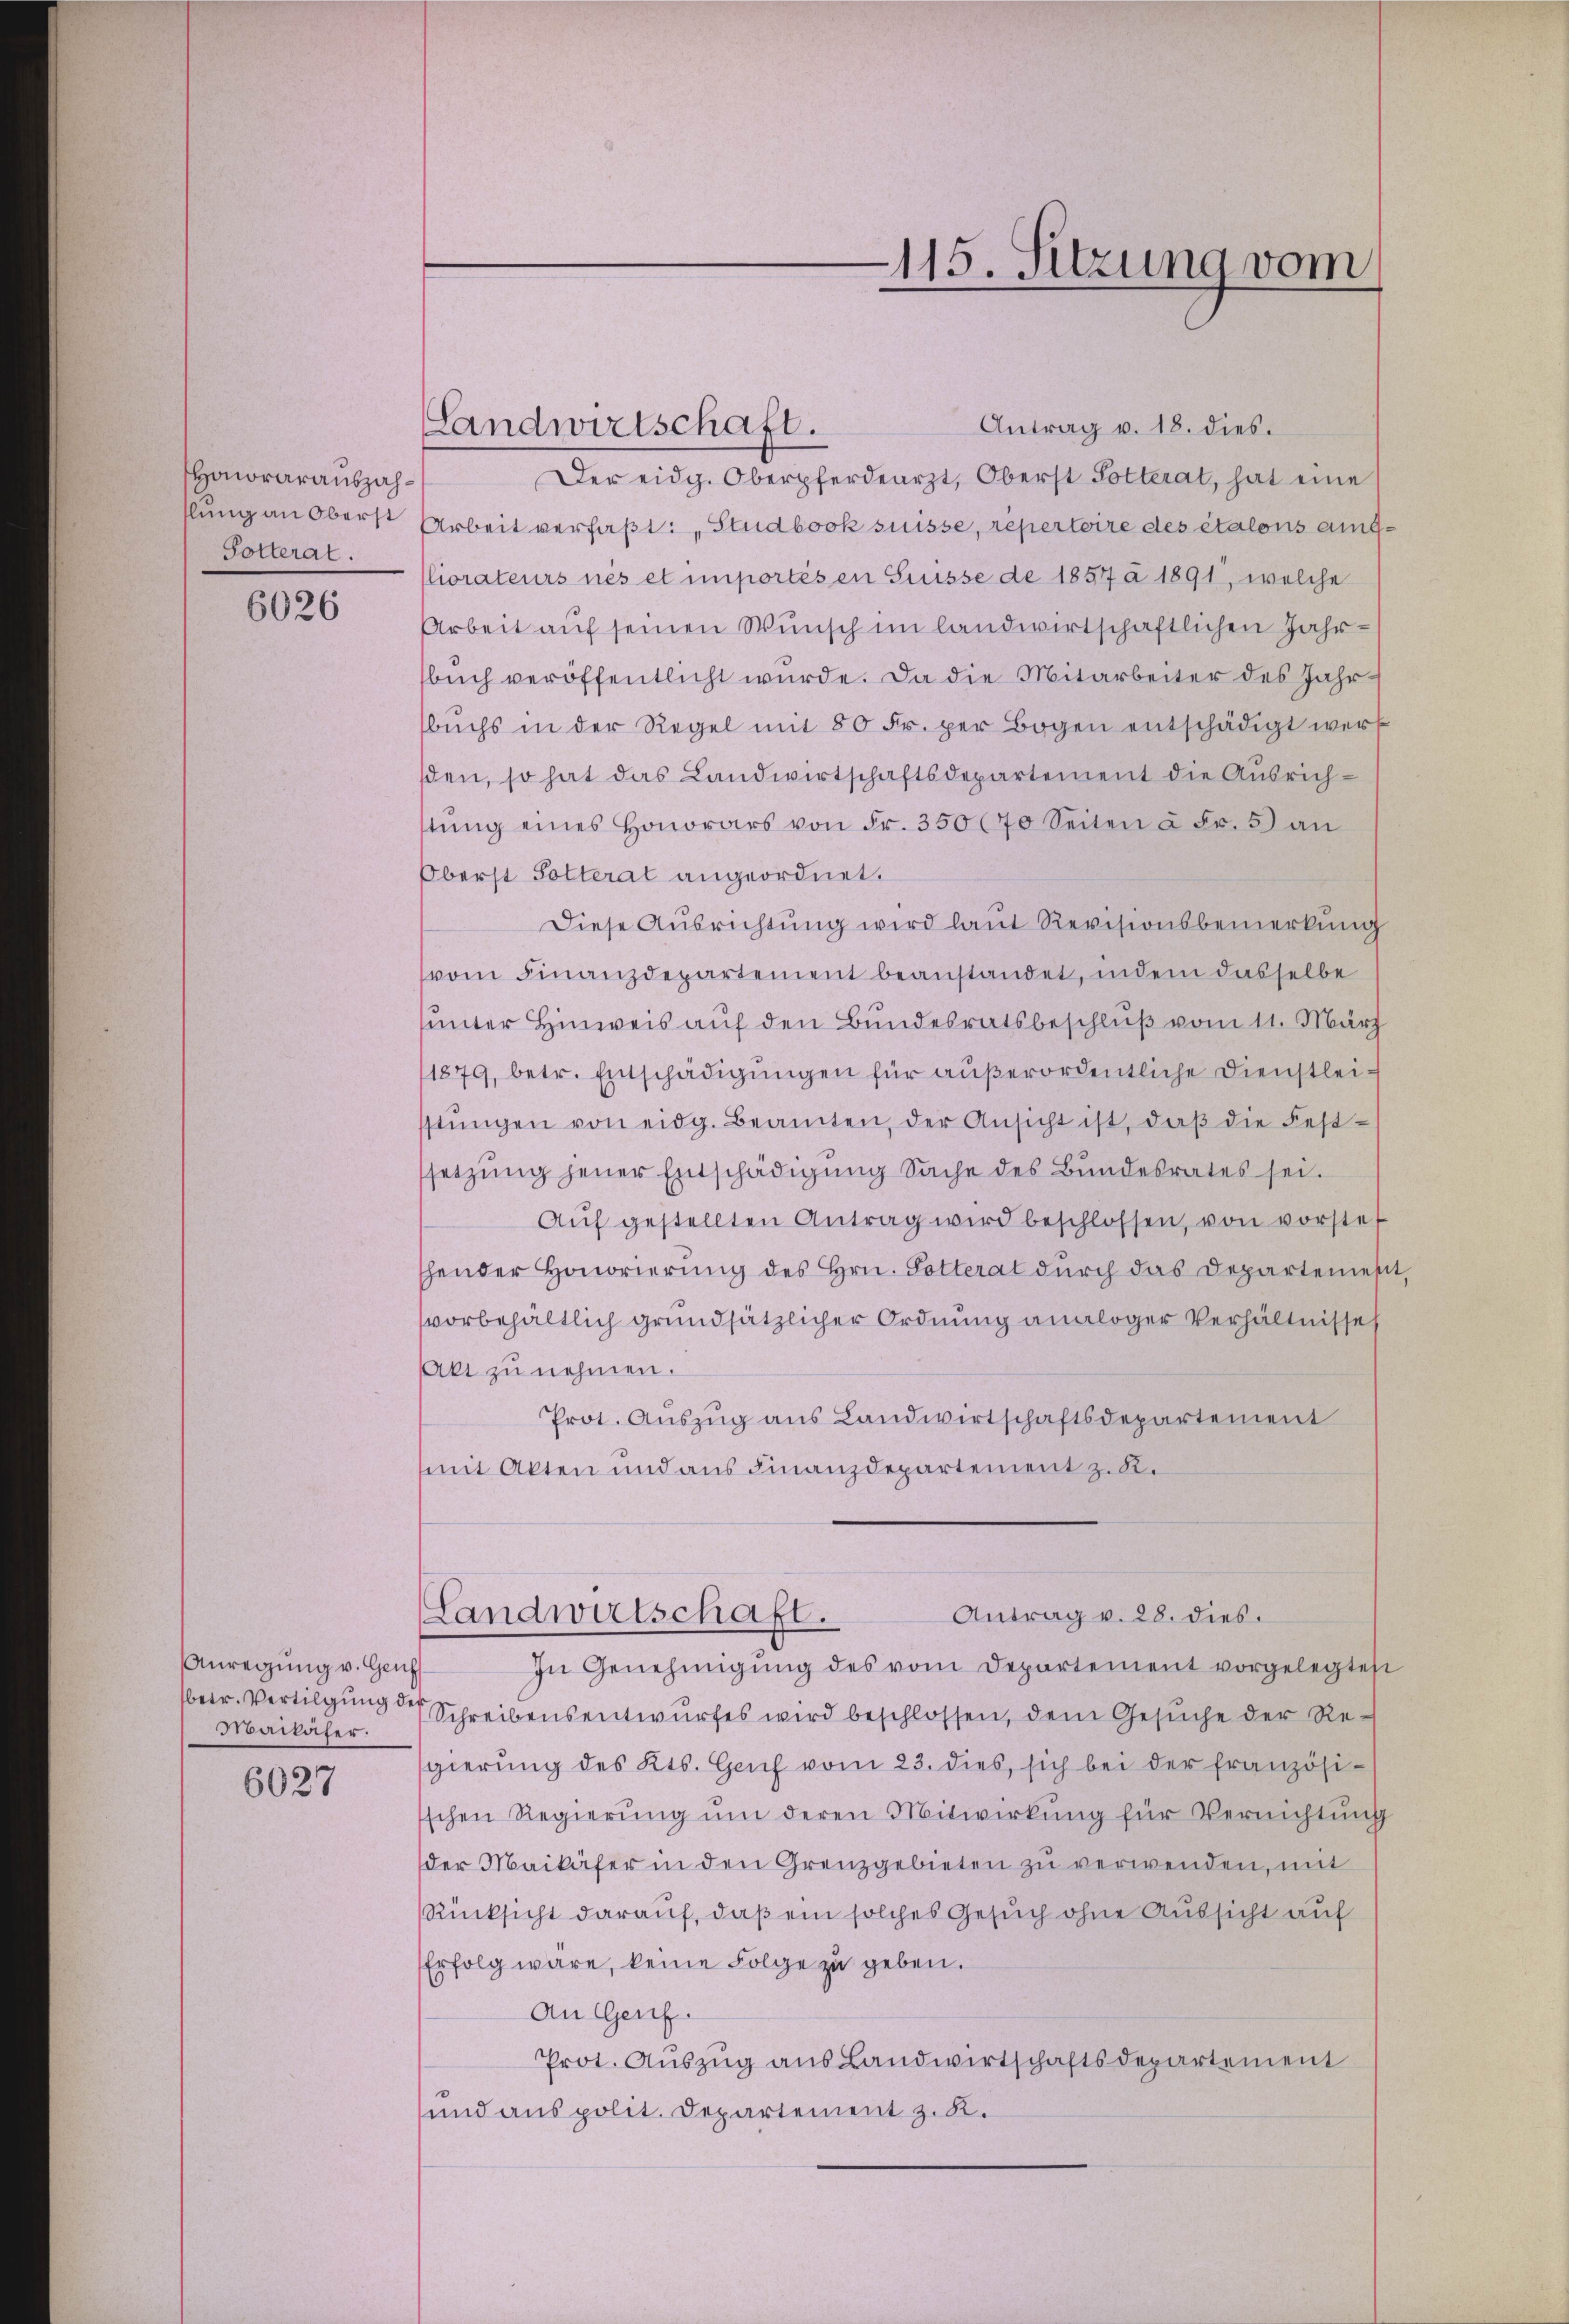
Honorarauszah¬
Potterat.

6026

Anregung v. Genf
betr. Vertilgung des
Maikäfer.
6027

115. Sitzung vom

Antrag v. 18. dies.
Der eidg. Oberpferdearzt, Oberst Potterat, hat eine
slung an Oberst Arbeit verfaßt: „Studbock suisse, repertoire des étalons eigliorateurs nés et importés en Suisse de 1857 à 1891, welche
Arbeit auf seinen Wunsch im landwirtschaftlichen Jahrbuch veröffentlicht wurde. Da die Mitarbeiter des Jahrbuchs in der Regel mit 80 Fr. per Bogen entschädigt werf
den, so hat das Landwirtschaftsdepartement die Ausrichtŭng eines Honorars von Fr. 350 (70 Seiten à Fr. 5 an
Oberst Solterat angeordnet.
Diese Aŭsrichtŭng wird laŭt Revisionsbemerkŭng
vom Finanzdepartement beanstandet, indem dasselbe
unter Hinweis auf den Bundesratsbeschluß vom 11. März
1879, betr. Entschädigŭngen für außerordentliche Dienstleistŭngen von eidg. Beamten, der Ansicht ist, daβ die Fest-
setzŭng jener Entschädigŭng Sache des Bundesrates sei.
Aŭf gestellten Antrag wird beschlossen, von vorstet
thender Honorierung des Hrn. Potterat durch das Departemes
vorbehältlich grundsätzlicher Ordnung analoger Verhältnisse
Akt zu nehmen.
Prot. Auszug aus Landwirtschaftsdepartement
mit Akten und aus Finanzdepartement z. R.
Antrag v. 28. dies
Landwirtschaft.
In Genehmigŭng des vom Departement vorgelegtest
Schreibensentwurfes wird beschlossen, dem Gesuche der Regierŭng des Kts. Geich vom 23. dies, sich bei der französi-
schen Regierŭng ŭm deren Mitwirkŭng für Vernichtŭng
der Maikäfer in den Grenzgebieten zŭ verwenden, mit
Rücksicht darauf, daß ein solches Gesuch ohne Aussicht auf
Erfolg wäre, keine Folge zu geben.
An Genf.
Prot. Auszug aus Landwirtschaftsdepartement
und aus polit. Departement z. K.

Landwirtschaft.